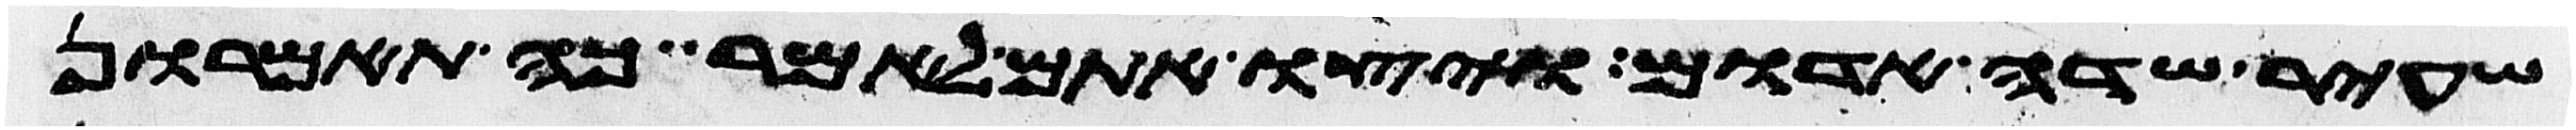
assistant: שעיר שדה אדום ויצו אתם לאמר כה תאמרון